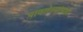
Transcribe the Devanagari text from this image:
पावलेल्यांनाही